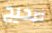
صحيح